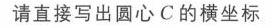
请直接写出圆心 \(C\) 的横坐标